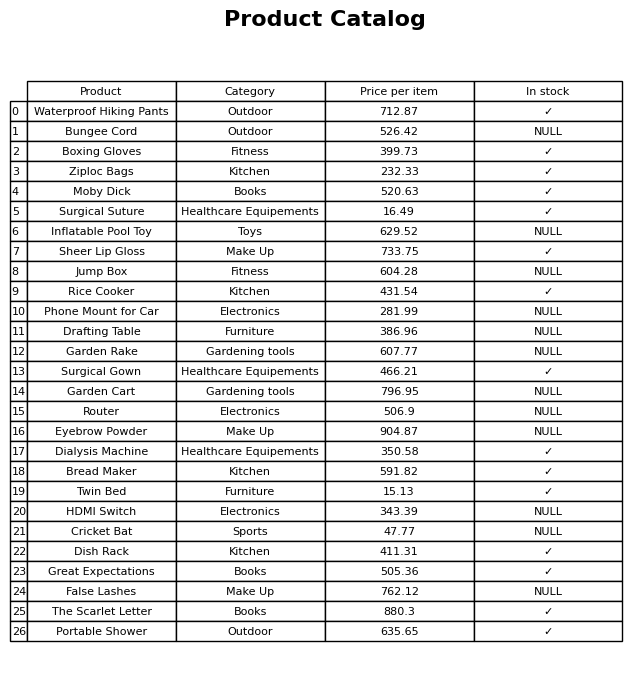
question: Which products are available in stock?
answer: Waterproof Hiking Pants, Boxing Gloves, Ziploc Bags, Moby Dick, Surgical Suture, Sheer Lip Gloss, Rice Cooker, Surgical Gown, Dialysis Machine, Bread Maker, Twin Bed, Dish Rack, Great Expectations, The Scarlet Letter, Portable Shower